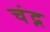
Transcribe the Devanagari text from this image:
चंद्न